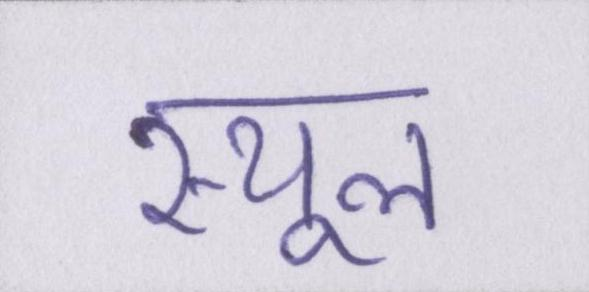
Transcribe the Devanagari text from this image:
स्थूल